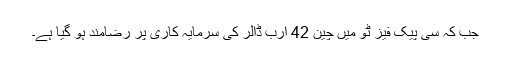
جب کہ سی پیک فیز ٹو میں چین 42 ارب ڈالر کی سرمایہ کاری پر رضامند ہو گیا ہے۔